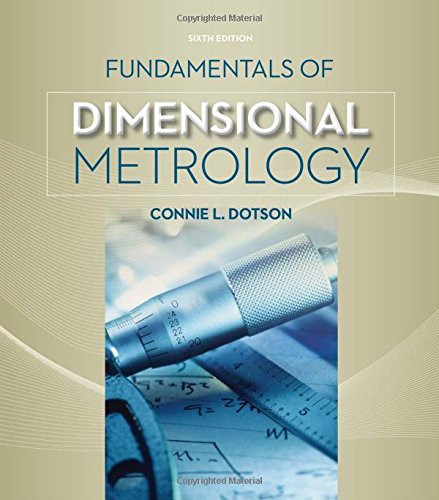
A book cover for Fundamentals of Dimensional Metrology; Connie L Dotson; Science & Math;